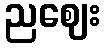
ညဈေး